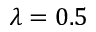
\lambda = 0 . 5